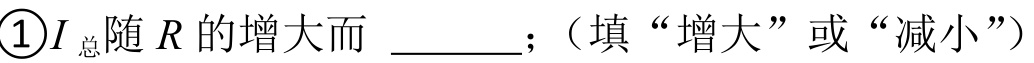
\textcircled{1}\(I_{总}\)随 \(R\) 的增大而  ；（填“增大”或“减小”）